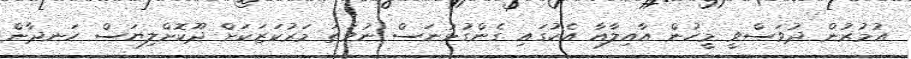
އުމުރުން ދުވަސްވީ މީހުން އާއިލާއާ އެކުގައި ގެންގުޅުނަސް ނުވަތަ މަރުކަޒަކަށް ދޫކޮށްލިޔަސް ހަނދާން